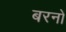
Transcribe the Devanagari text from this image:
बरनों